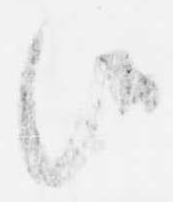
候